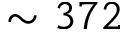
\sim 3 7 2